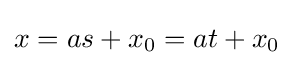
x=as+x_{0}=at+x_{0}